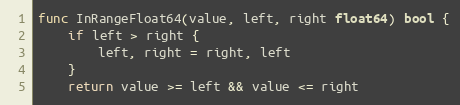
Language: Go
func InRangeFloat64(value, left, right float64) bool {
	if left > right {
		left, right = right, left
	}
	return value >= left && value <= right